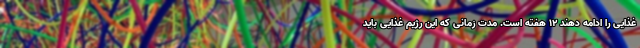
غذایی را ادامه دهند ۱۲ هفته است. مدت زمانی که این رژیم غذایی باید